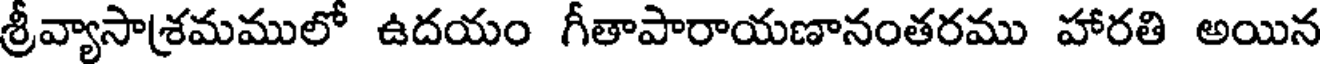
శ్రీవ్యాసాశ్రమములో ఉదయం గీతాపారాయణానంతరము హారతి అయిన